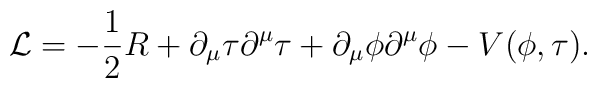
{\mathcal{L}}=-\frac{1}{2}R + \partial_\mu \tau \partial^\mu \tau+ \partial_\mu \phi \partial^\mu \phi -V(\phi,\tau).